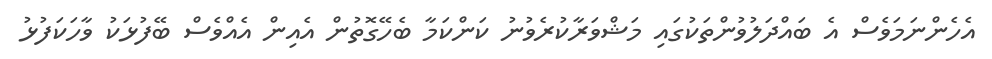
އެހެންނަމަވެސް އެ ބައްދަލުވުންތަކުގައި މަޝްވަރާކުރެވުނު ކަންކަމާ ބެހޭގޮތުން އެއިން އެއްވެސް ބޭފުޅަކު ވާހަކަފުޅު